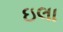
ઇલા